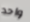
واحد